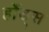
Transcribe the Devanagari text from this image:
र्होड्स